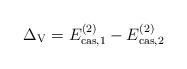
LaTeX: \begin{align*}\Delta_{\rm V}=E^{(2)}_{{\rm cas,}1}-E^{(2)}_{{\rm cas,}2} \end{align*}